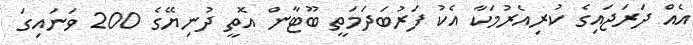
އެއް ދަރަޖައިގެ ކުރިއެރުމަކާ އެކު ފަރުބަދަމަތީ ބޫޓާން އޮތީ ދުނިޔޭގެ 200 ވަނައިގަ